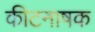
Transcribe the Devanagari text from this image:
कीटनाषक